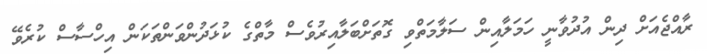
ރާއްޖެއަށް ދިން އުދުވާނީ ހަމަލާއިން ސަލާމަތްވި ގޮތަށްބަލާއިރުވެސް މާތްގެ ކުޅަދުންވަންތަކަން އިހްސާސް ކުރެވޭ